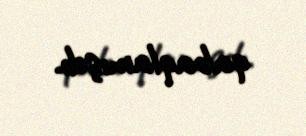
qabaqlamışdı.